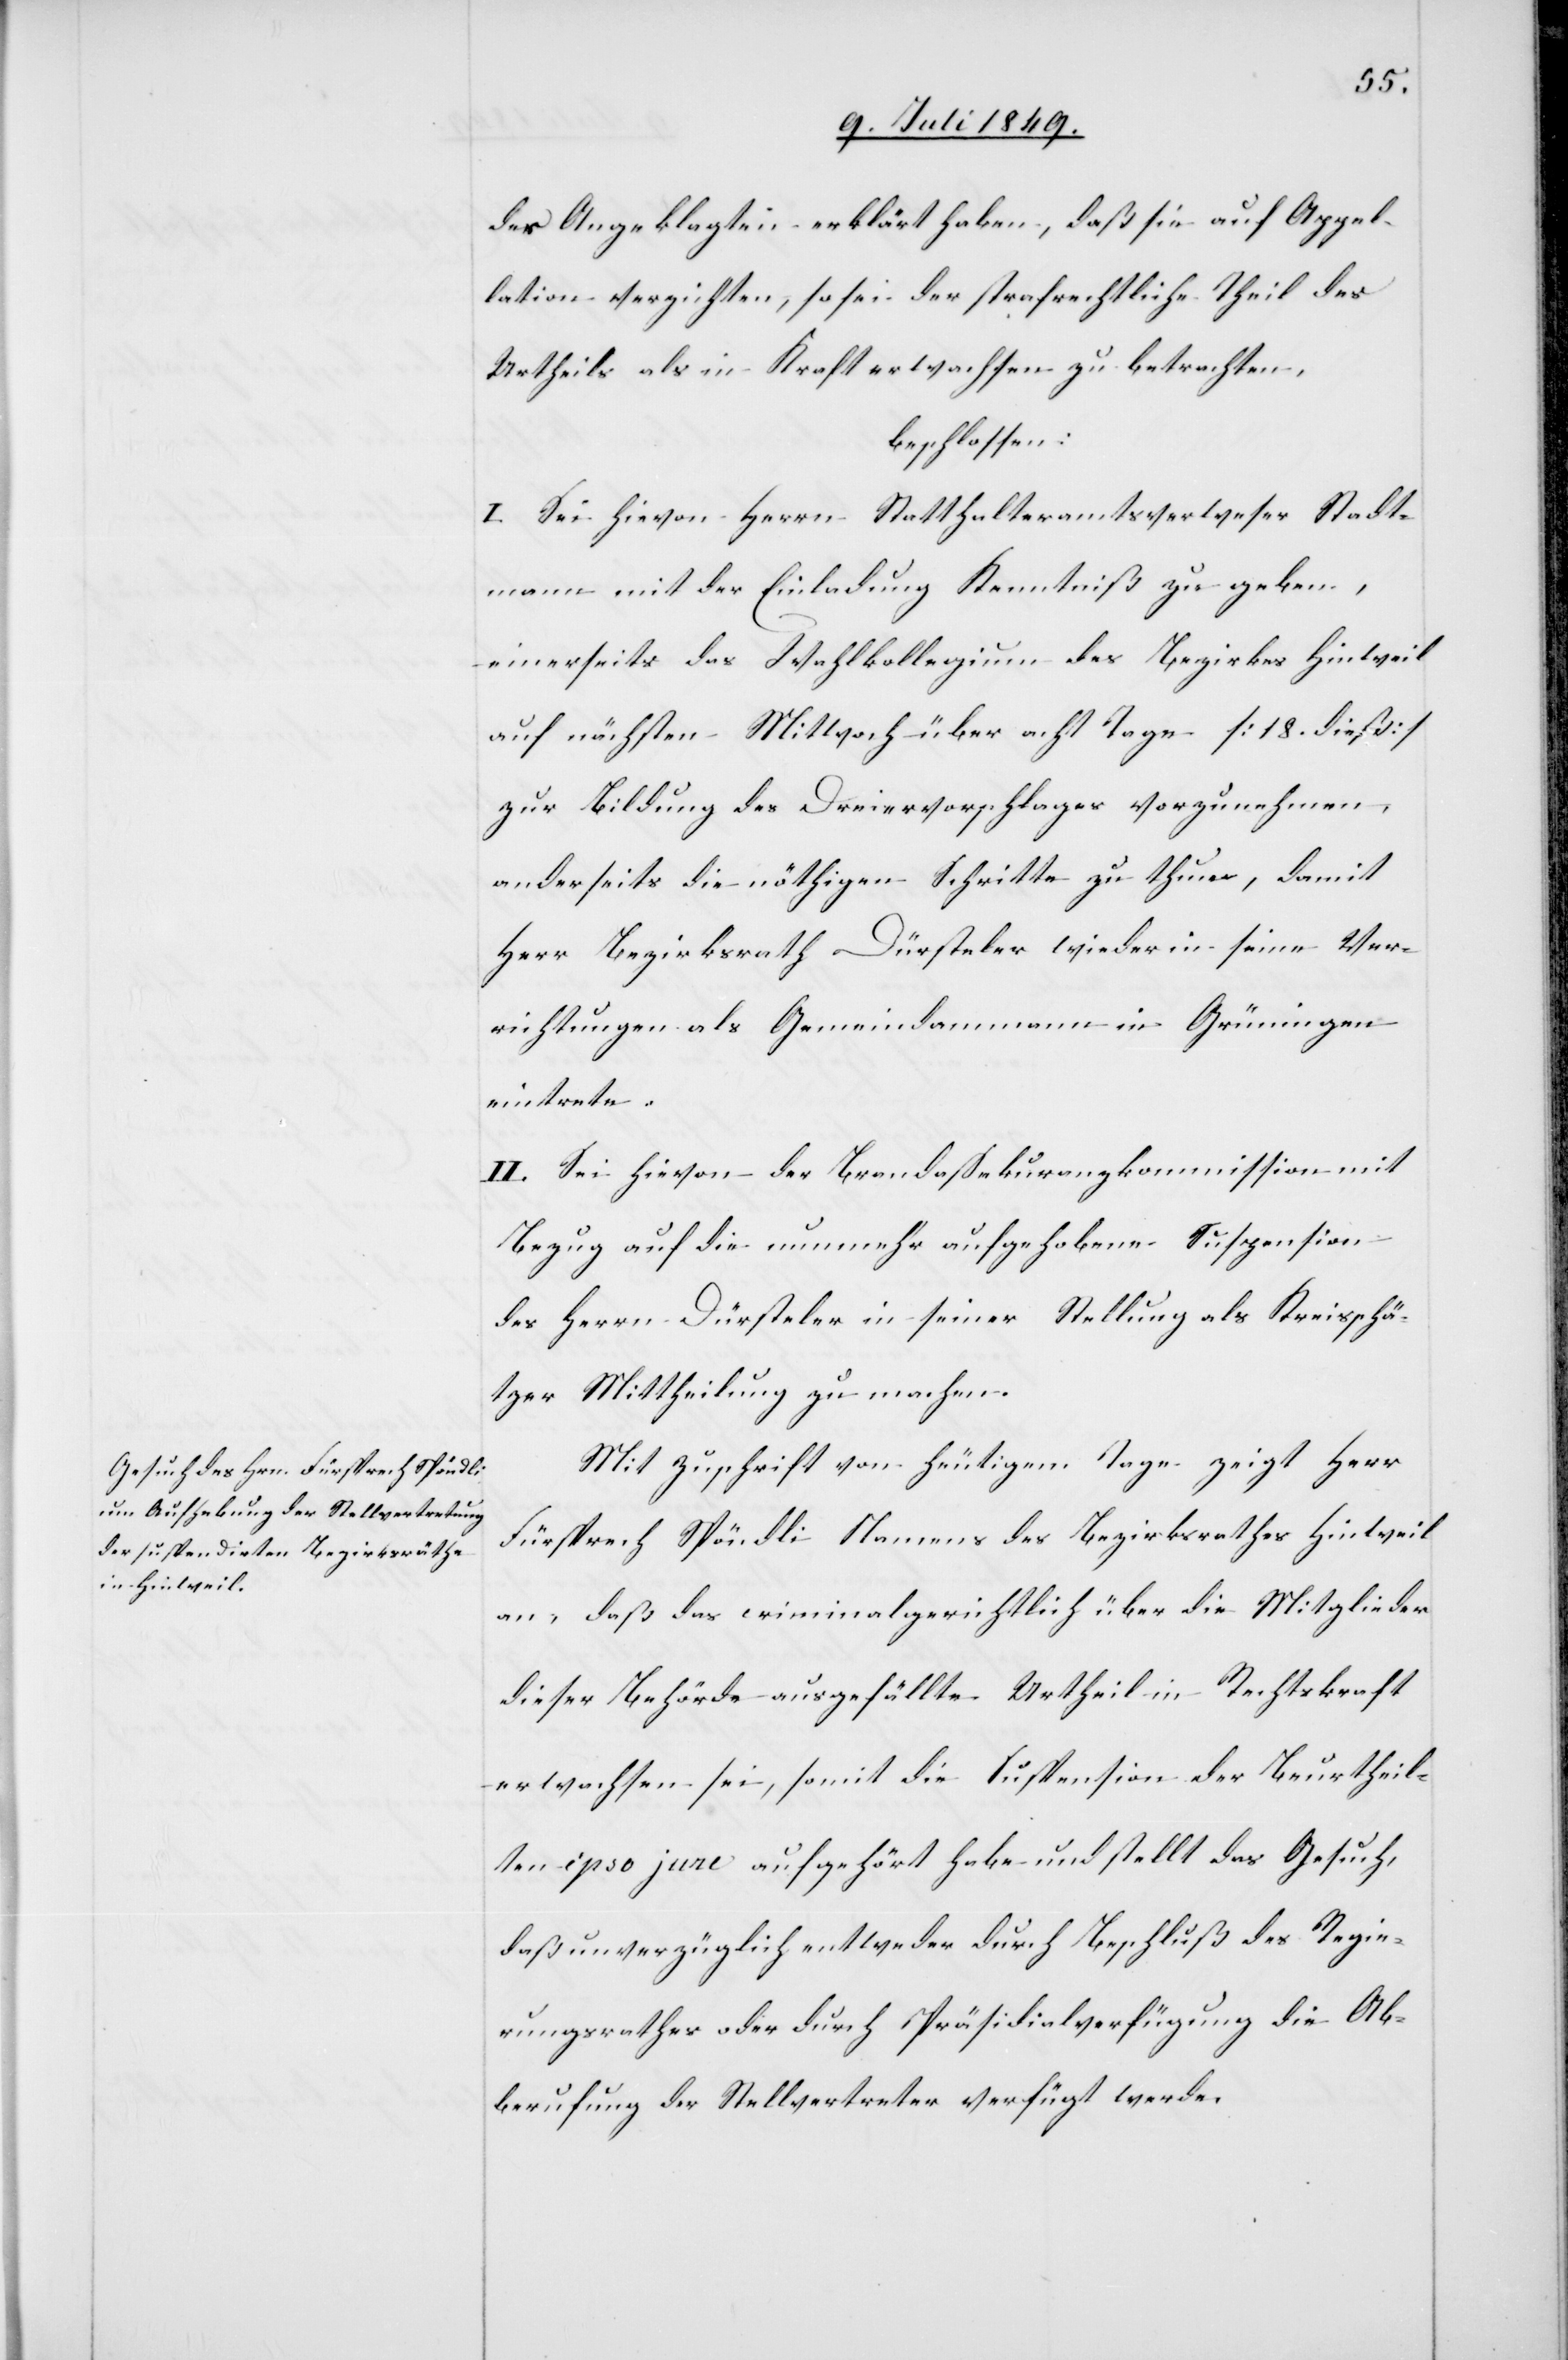
des Angeklagten erklärt haben, daß sie auf Appel¬
lation verzichten, so sei der strafrechtliche Theil des
Urtheils als in Kraft erwachsen zu betrachten,
beschlossen:
I. Sei hievon Herrn Statthalteramtsverweser Stadt¬
mann mit der Einladung Kenntniß zu geben,
einerseits das Wahlkollegium des Bezirkes Hinweil
auf nächsten Mittwoch über acht Tage [18. dieß]
zur Bildung des Dreiervorschlages vorzunehmen,
anderseits die nöthigen Schritte zu thun, damit
Herr Bezirksrath Dürsteler wieder in seine Ver¬
richtungen als Gemeindammann in Grüningen
eintrete.
II. Sei hievon der Brandassekuranzkommission mit
Bezug auf die nunmehr aufgehobene Suspension
des Herrn Dürsteler in seiner Stellung als Kreisschä¬
tzer Mittheilung zu machen.
Mit Zuschrift von heutigem Tage zeigt Herr
Fürsprech Spöndli Namens des Bezirksrathes Hinweil
an, daß das criminalgerichtlich über die Mitglieder
dieser Behörde ausgefällte Urtheil in Rechtskraft
erwachsen sei, somit die Suspension der Beurtheil¬
ten ipso jure aufgehört habe und stellt das Gesuch,
daß unverzüglich entweder durch Beschluß des Regie¬
rungsrathes oder durch Präsidialverfügung die Ab¬
berufung der Stellvertreter verfügt werde.